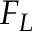
F _ { L }